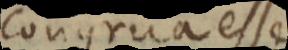
congrua esse